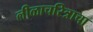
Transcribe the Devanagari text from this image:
लीळाचरित्राचा